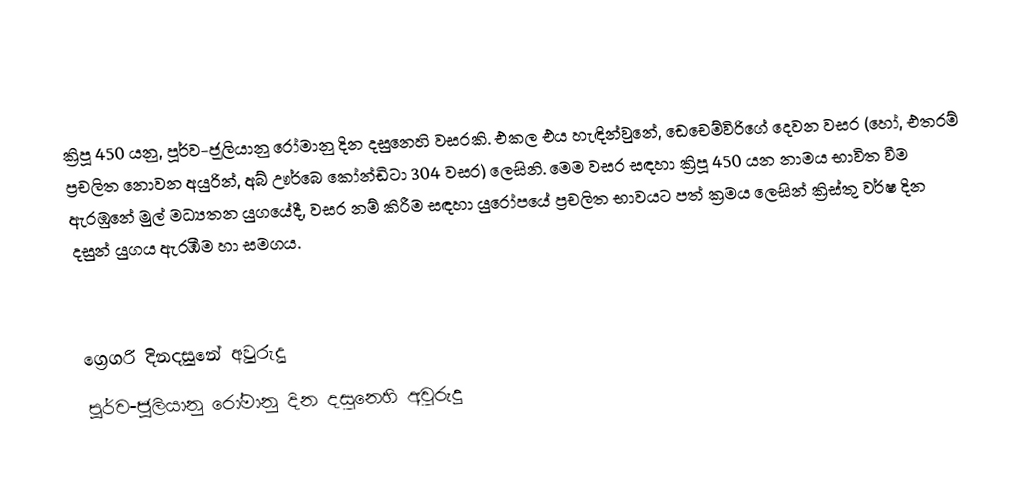

ක්‍රිපූ 450 යනු, පූර්ව-ජූලියානු රෝමානු දින දසුනෙහි වසරකි. එකල එය හැඳින්වුනේ, ඩෙචෙම්විරිගේ දෙවන වසර (හෝ, එතරම් ප්‍රචලිත නොවන අයුරින්, අබ් ඌර්බෙ කෝන්ඩිටා 304 වසර) ලෙසිනි. මෙම වසර සඳහා ක්‍රිපූ 450 යන නාමය භාවිත වීම ඇරඹුනේ මුල්  මධ්‍යතන යුගයේදී, වසර නම් කිරීම සඳහා යුරෝපයේ ප්‍රචලිත භාවයට පත් ක්‍රමය ලෙසින් ක්‍රිස්තු වර්ෂ දින දසුන් යුගය ඇරඹීම හා සමගය.

ග්‍රෙගරි දිනදසුනේ අවුරුදු
පූර්ව-ජූලියානු රෝමානු දින දසුනෙහි අවුරුදු